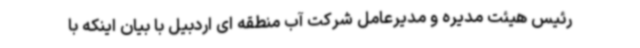
رئیس هیئت مدیره و مدیرعامل شرکت آب منطقه ای اردبیل با بیان اینکه با